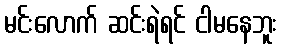
မင်းလောက် ဆင်းရဲရင် ငါမနေဘူး